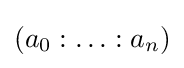
(a_{0}:\dotsc :a_{n})